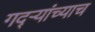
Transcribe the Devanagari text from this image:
गद्र्‍यांच्याच